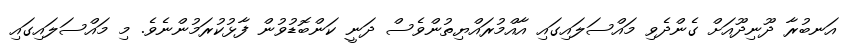
އަނބުރާ ދޫނިދޫއަށް ގެންދެވި މައްސަލައިގައި އާއްމުރައްޔިތުންވެސް ދަނީ ކަންބޮޑުވުން ފާޅުކުރަމުންނެވެ. މި މައްސަލައިގައި